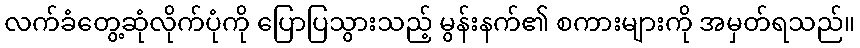
လက်ခံတွေ့ဆုံလိုက်ပုံကို ပြောပြသွားသည့် မွန်းနက်၏ စကားများကို အမှတ်ရသည်။